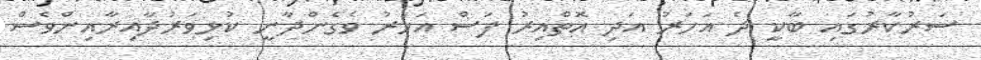
ސަރުކާރުގައި ބާކީ ދެ އަހަރު އަދި އޮތްއިރު ފަސް އަހަރު ވެގެންދާނީ ކުޅިވަރުދާއިރާއިންވެސް